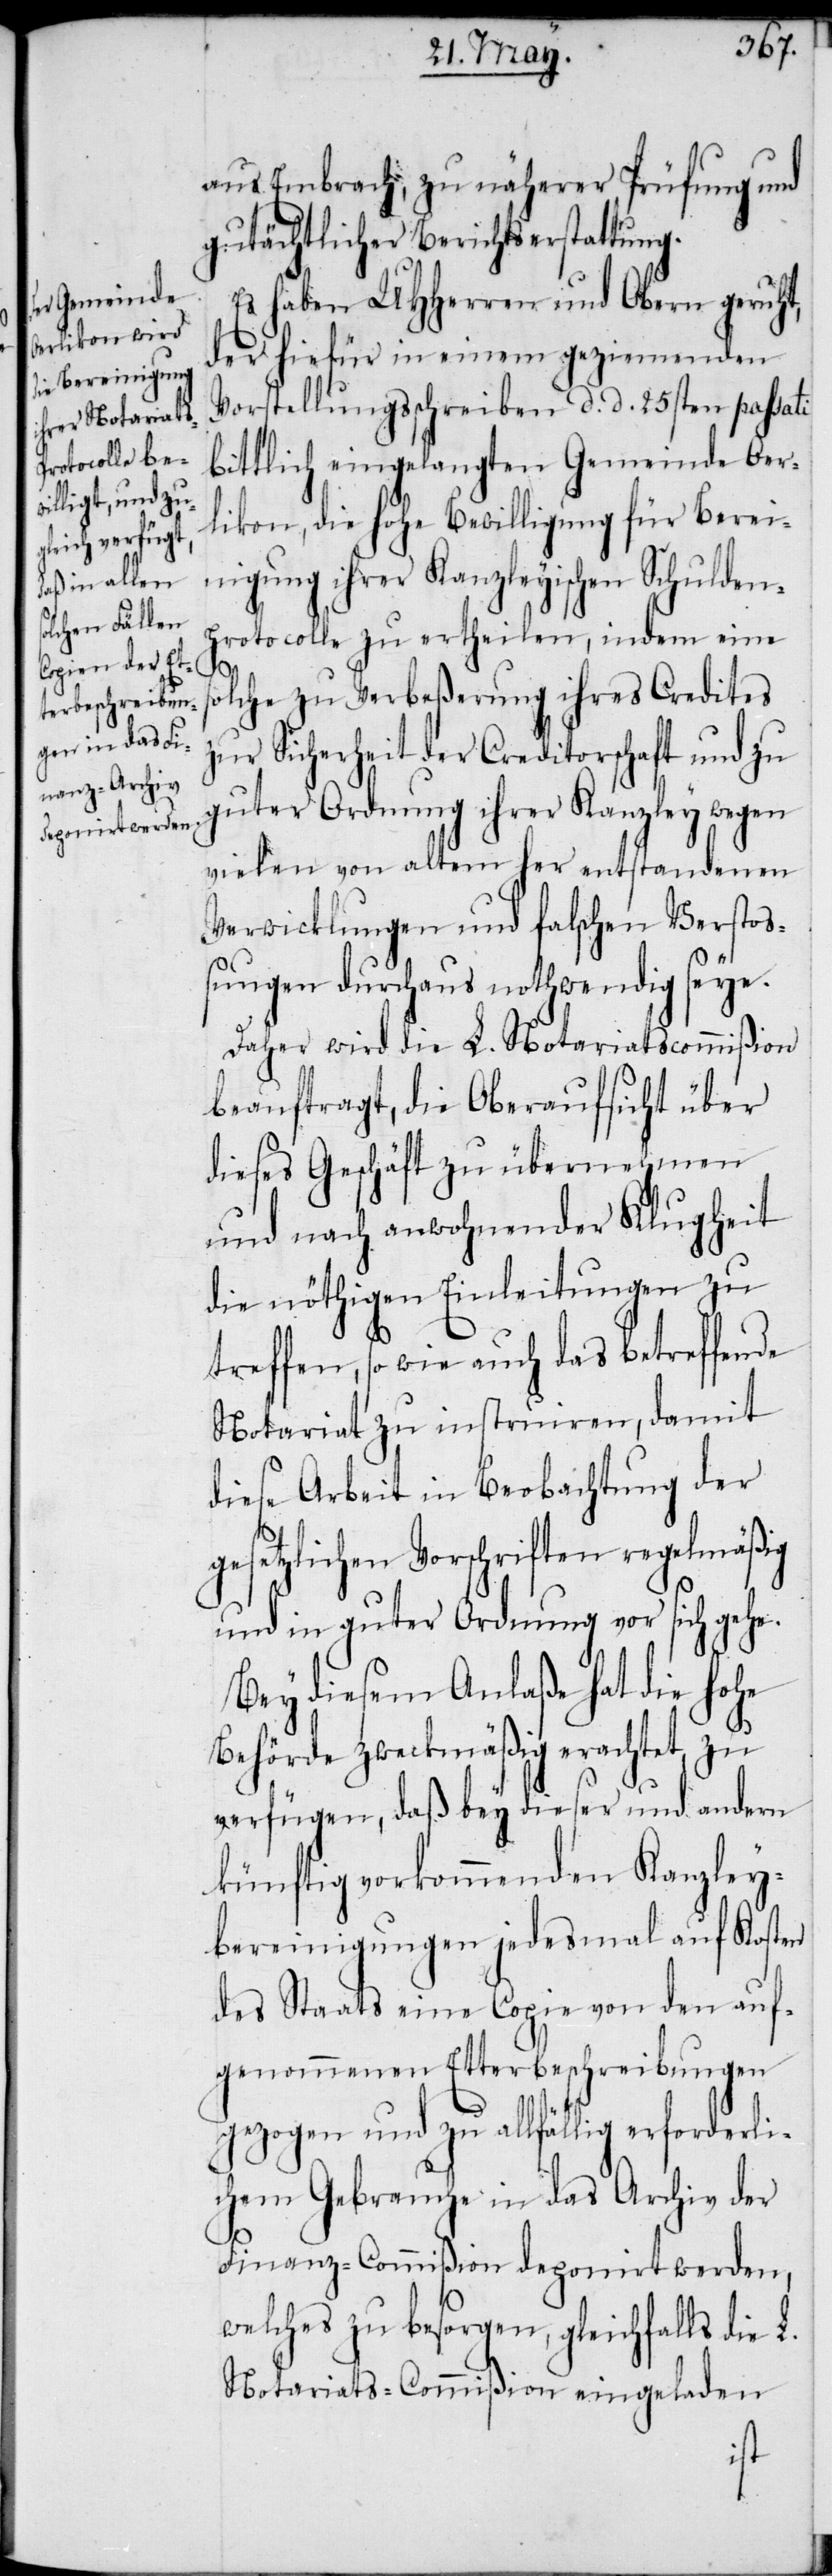
aus Embrach, zu näherer Prüfung und
gutächtlicher Berichtserstattung.
Es haben UHHerren und Obern geruht,
der hiefür in einem geziemenden
Vorstellungsschreiben d. d. 25sten passati
bittlich eingelangten Gemeinde Oer¬
likon, die hohe Bewilligung für Berei¬
nigung ihrer Kanzleyischen Schulden¬
protocolle zu ertheilen, indem eine
s¬
olche zu Verbeßerung ihres Credites
zur Sicherheit der Creditorschaft und zu
guter Ordnung ihrer Kanzley wegen
vielen von altem her entstandenen
Verwicklungen und falschen Versto¬
ßungen durchaus nothwendig seye.
Daher wird die L. Notariatscommißion
beauftragt, die Oberaufsicht über
dieses Geschäft zu übernehmen
und nach anwohnender Klugheit
die nöthigen Einleitungen zu
treffen, so wie auch das betreffende
Notariat zu instruiren, damit
diese Arbeit in Beobachtung der
gesetzlichen Vorschriften regelmäßig
und in guter Ordnung vor sich gehe.
Bey diesem Anlaße hat die hohe
Behörde zweckmäßig erachtet, zu
verfügen, daß bey dieser und andern
künftig vorkommenden Kanzley¬
bereinigungen jedesmal auf Kosten
des Staats eine Copie von den auf¬
genommenen Etterbeschreibungen
gezogen und zu allfällig erforderli¬
chem Gebrauche in das Archiv der
Finanz-Commißion deponirt werden,
welches zu besorgen, gleichfalls die
Notariats-Commißion eingeladen